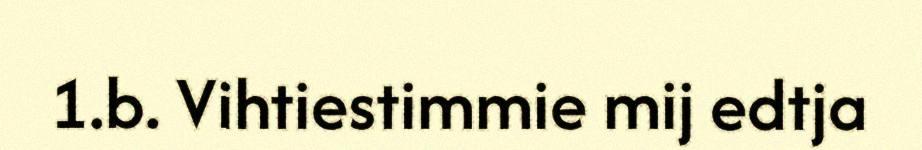
1.b. Vihtiestimmie mij edtja